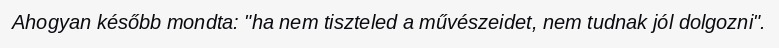
Ahogyan később mondta: "ha nem tiszteled a művészeidet, nem tudnak jól dolgozni".